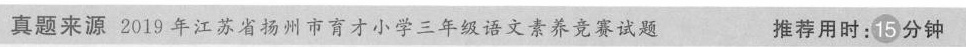
真题来源2019年江苏省扬州市育才小学三年级语文素养竞赛试题 推荐用时：15分钟